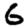
Digit: 6